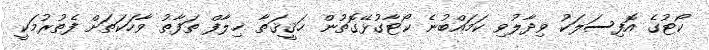
ކޯޓުގެ އޮފިސަލަކު ވިދާލުވި ކަމައްބުނެ ކޯޓާގުޅޭގޮތުން ޙަޤީޤަތާ ޚިލާފް ތަފާތު ވާހަކަތަށް ފެތުރުމަކީ